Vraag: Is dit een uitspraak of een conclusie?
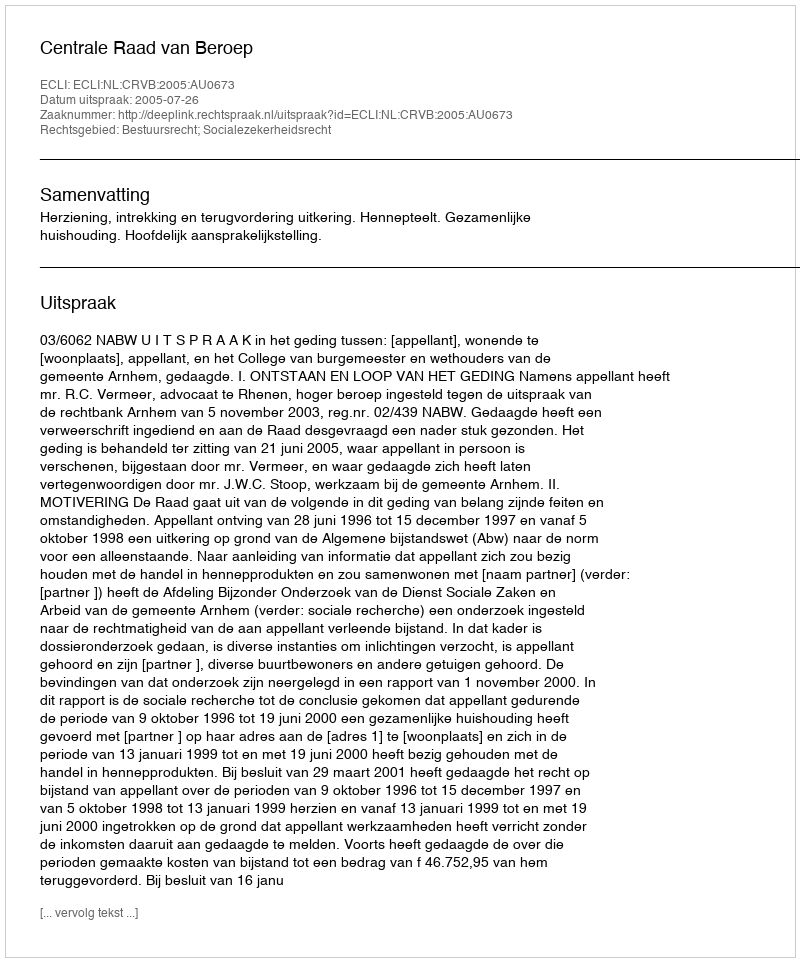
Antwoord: Uitspraak